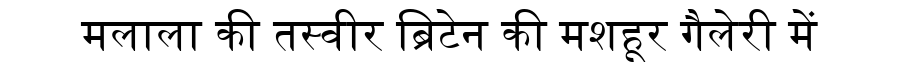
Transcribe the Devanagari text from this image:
मलाला की तस्वीर ब्रिटेन की मशहूर गैलेरी में